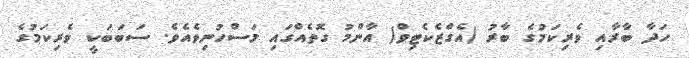
ހަދާ ބާރާއި ވެރިކަމުގެ ބާރު (އެގްޒެކެޓިވް) އާންމު ގޮތެއްގައި މަސްހުނިވެއެވެ. ސަބަބަކީ ވެރިކަމުގެ